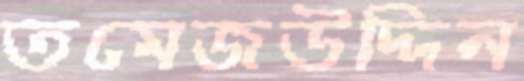
তমেজউদ্দিন